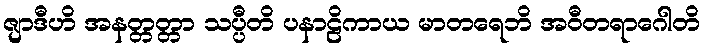
ဇျာဒီဟိ အနတ္တတ္တာ သပ္ပီတိ ပနာဠိကာယ မာတရေဘိ အဝီတရာဂေါတိ